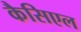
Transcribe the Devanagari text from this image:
कैसिएल